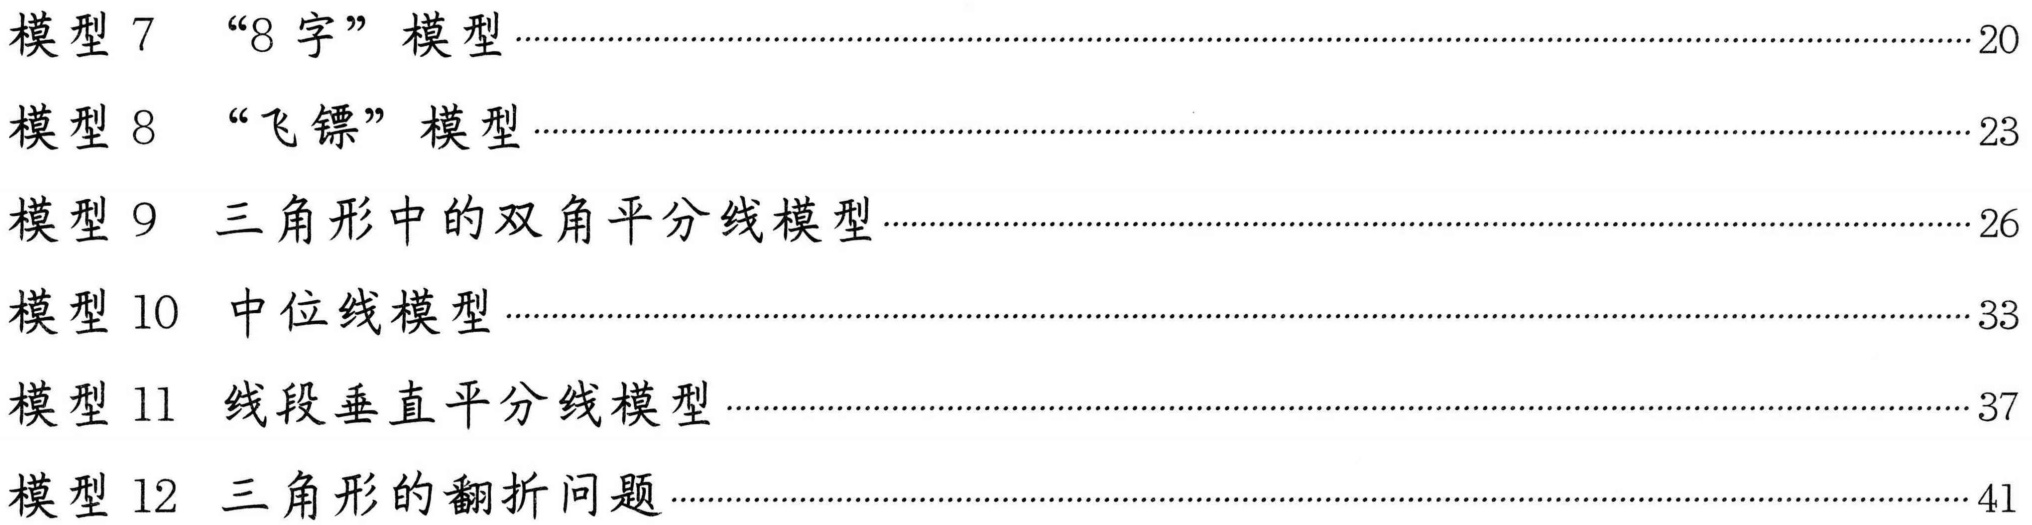
模型 7 “8 字” 模型············································································································································································································································································································································································································································································································································································································································································································································································································································································································································································································································································································································································································································································································································································································································································································································································································································································································································································································································································································································································································································································································································································································································································································································································································································································································································································································································································································································································································································································································································································································································································································································································································································································································································································································································································································································································································································································································································································································································································································································································································································································································································································································································································································································································································································································································································································································································································································································································································································································································································································································································································································································································································································································································································································································································································································································································································································································································································································································································································································································································································································································································································································································································································································································································································································································································································································································································································································································································································································································································································································································································································································································································································································································································································································································································································································································································································································································································································································································································································································································································································································································································································································································································································································································································································································································································